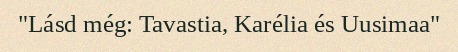
"Lásd még: Tavastia, Karélia és Uusimaa"